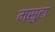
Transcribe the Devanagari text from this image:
मसुटा